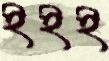
ইইই